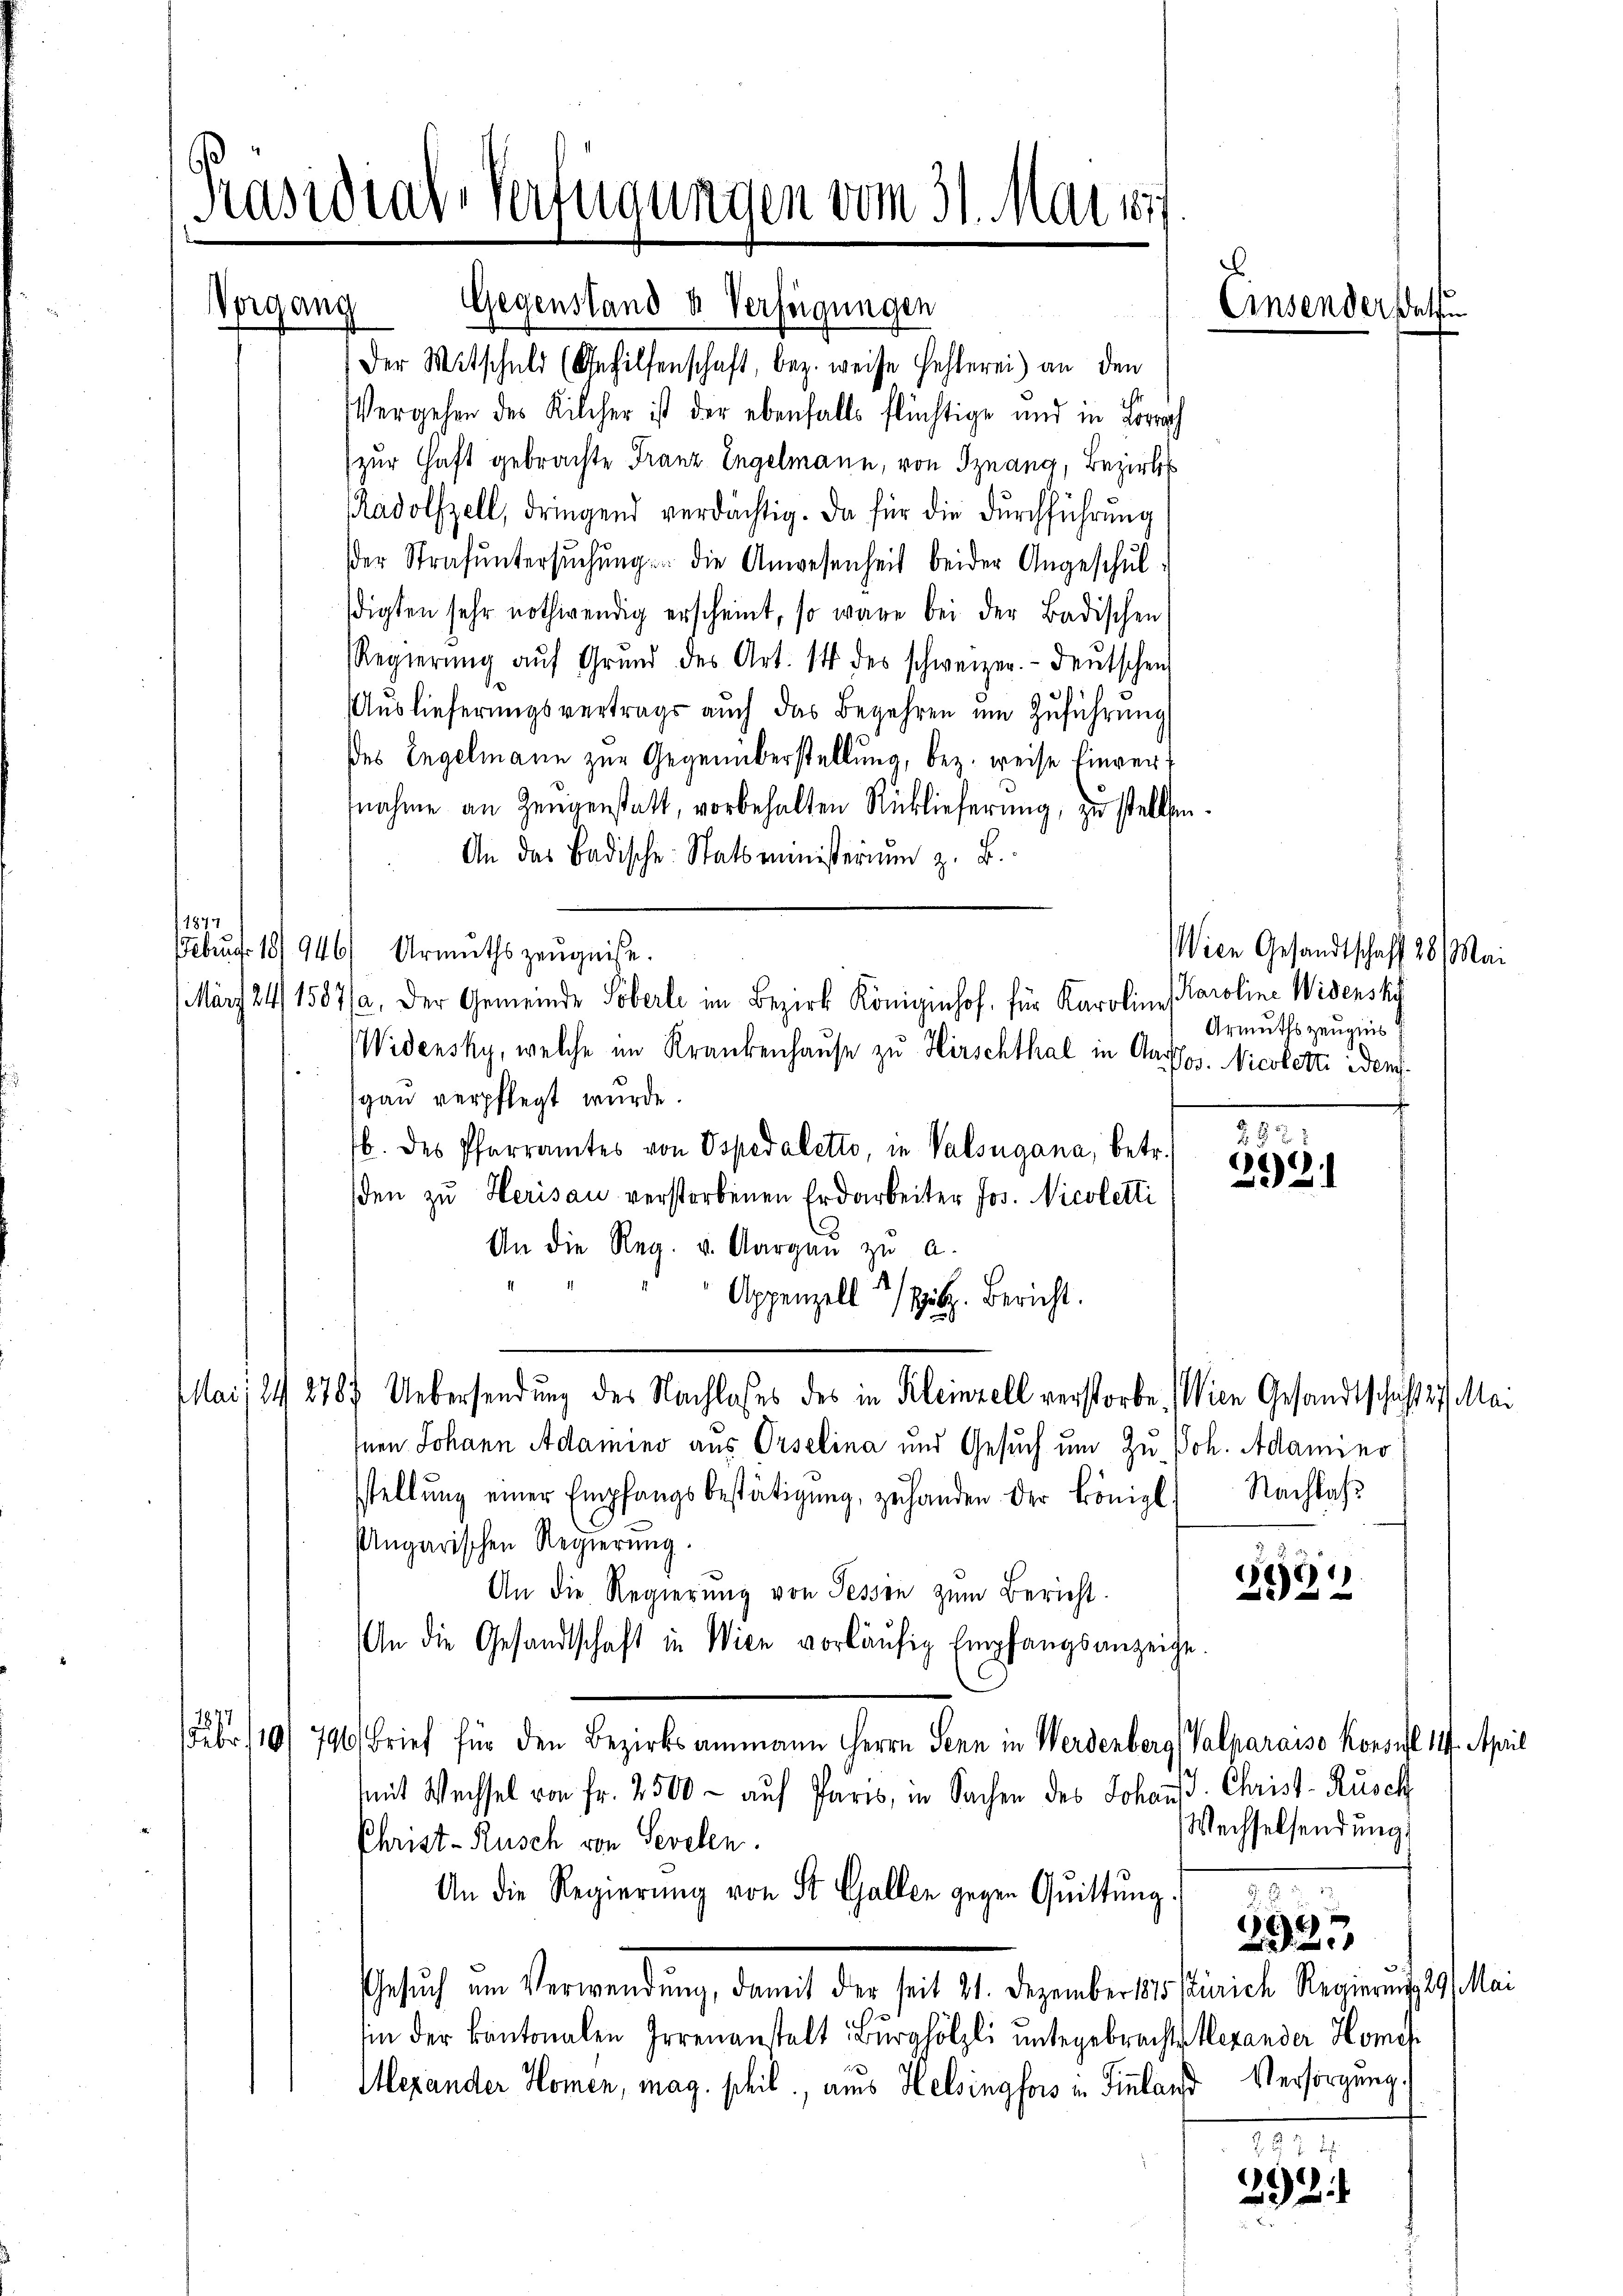
Präsidial-Verfügungen vom 31. Mai 1

Gegenstand u. Verfügungen
Der Mitschuld (Gehilfenschaft, bez. weise Fehlerei) an den
Vergehen des Kilcher ist der ebenfalls flüchtige und in Lörrach
zur Haft gebrachte Franz Engelmann, von Sznang, Bezirks
Radolfzell, dringend verdächtig. Da für die dŭrchführŭng
er Strafŭntersŭchŭng die Anwesenheit beider Angeschŭl-
sdigten sehr nothwendig erscheint, so wäre bei der Badischen
Regierŭng aŭf Grŭnd des Art. 14 des schweizer.- Deutschen
Auslieferungsvertrags auch das Begehren um Zuführung
des Engelmann zur Gegenüberstellung, bez. weise Einvert
nahme an Zeŭgenstatt, vorbehalten Rücklieferung, zu stellten.
An das Badische Statsministerium z. B.
e
Februar 18946/ Urmuthszeŭgnise.
März 24/1587/a, der Gemeinde Löberle im Bezirk Königinhof, für Karoline
Widensky, welche im Krankenhause zu Hirschthal in Aares. Nicoletti iden
gau verpflegt wurde.
b. des Pfarramtes von Ospedaletto, in Valsugana, betr. 1882
sden zu Herisau verstorbenen Erdarbeiter Jos. Nicoletti
An die Reg. u. Aargaŭ zŭ a.
Appenzell geb. Bericht.
Mai, 24 278. Uebersendung des Nachlasses des in Kleinzell verstorbe Wien Gesandtschaft sich Mai
Inen Johann Adamino aus Orselina und Gesuch um zu Joh. Adamino
sstellŭng einer Empfangsbestätigŭng, zŭ handen der Königl. Nachlaβ
Ungarischen Regierung.
.
222 2
An die Regierŭng von Sessen zŭm Bericht.
An die Gesandtschaft in Wien vorläŭfig Empfangsanzeige.
Febr. 110/790. Brief für den Bezirksammann Herrn Senn in Werdenberg (Valparaiso Konsul 144. April
mit Wechsel von Fr. 2500 aŭf Paris, in Sachen des Johann Christ-Rusch
Wechselsendung
Christ-Rusch von Sevelen.
An die Regierŭng von St. Gallen gegen Quittung
)
22
Gesuch ein Verwendung, damit der seit 11. Dezember der Einrich Regierung stellei
in der kantonalen Irrenanstalt Burghölzli untergebrechts Alexander Komit
Mexander Homen, mag. phil., aus Helsingfors in Finnland Versorgung.
.
292

Vergang

Einsendersetzu

Wien Gesandtschaft 28 Mai
Karoline Widershe
Armuths zeugnis

52